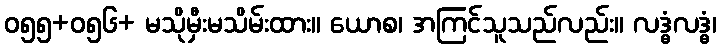
ဝ၅၅+၀၅၆+ မသိုမှီးမသိမ်းထား။ ယောစ၊ အကြင်သူသည်လည်း။ လဒ္ဓံလဒ္ဓံ၊